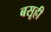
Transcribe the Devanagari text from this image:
बसूही